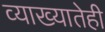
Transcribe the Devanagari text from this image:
व्याख्यातेही